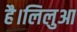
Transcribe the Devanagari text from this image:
है।लिलुआ